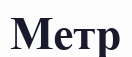
Метр